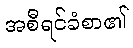
အစီရင်ခံစာ၏